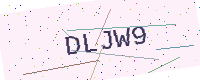
Text: DLJW9